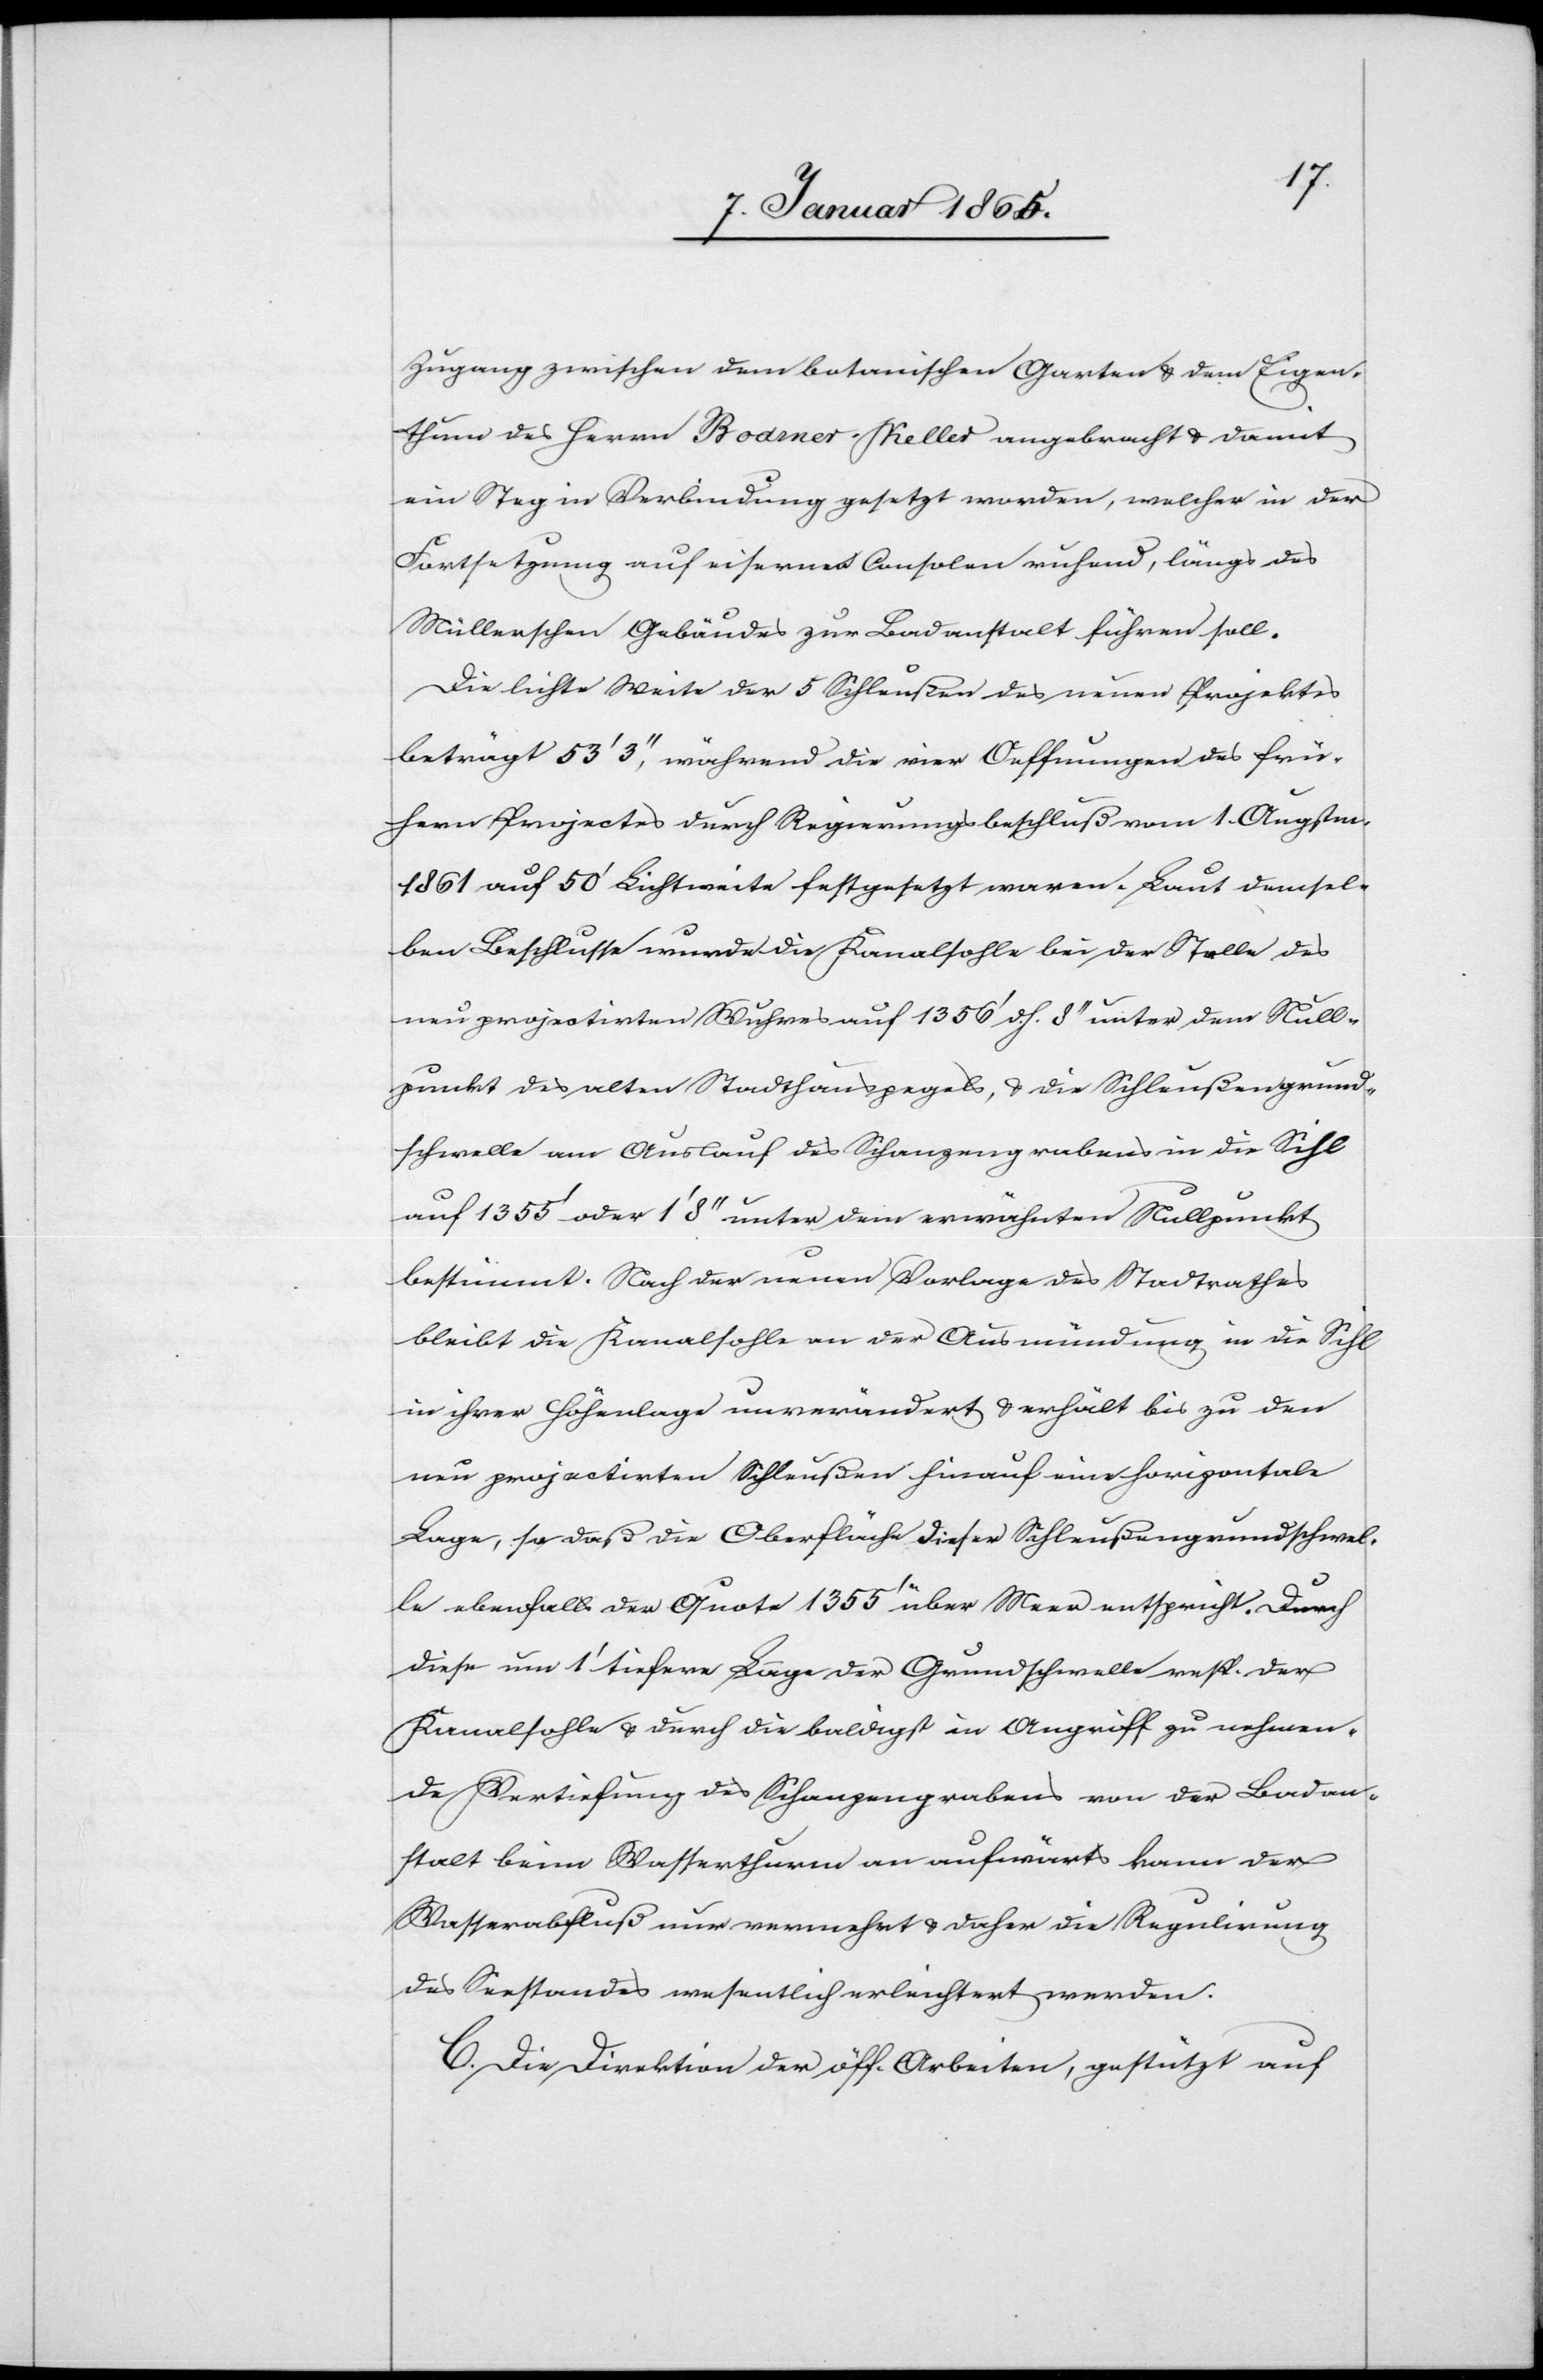
Zugang zwischen dem botanischen Garten u. dem Eigen¬
thum des Herrn Bodmer-Keller angebracht u. damit
ein Steg in Verbindung gesetzt worden [recte: werden],
Fortsetzung auf eisernen Consolen ruhend, längs des
Müllerschen Gebäudes zur Badanstalt führen soll.
Die lichte Weite der 5 Schleußen des neuen Projektes
beträgt 53’ 3’’, während die vier Oeffnungen des frü¬
hern Projectes durch Regierungsbeschluß vom 1. Augstm.
1861 auf 50’ Lichtweite festgesetzt waren. Laut demsel¬
ben Beschlusse wurde die Kanalsohle bei der Stelle des
neu projectirten Wuhres auf 1256’ d. h. 9’’ unter dem Null¬
punkt des alten Stadthauspegels, u. die Schleußengrund¬
schwelle am Auslauf des Schanzengrabens in die Sihl
auf 1355’ oder 1’ 8’’ unter dem erwähnten Nullpunkt
bestimmt. Nach der neuen Vorlage des Stadtrathes
bleibt die Kanalsohle an der Ausmündung in die Sihl
in ihrer Höhenlage unverändert u. erhält bis zu den
neu projectirten Schleußen hinauf eine horizontale
Lage, so daß die Oberfläche dieser Schleußengrundschwel¬
der
le ebenfalls der Quote 1355’ über Meer entspricht. Durch
diese um 1’ tiefere Lage der Grundschwelle resp. der
Kanalsohle u. durch die baldigst in Angriff zu nehmen¬
de Vertiefung des Schanzengrabens von der Badan¬
stalt beim Wasserthurm an aufwärts kann der
C. Die Direktion der öff. Arbeiten, gestützt auf